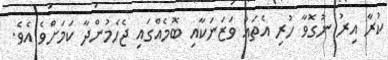
ކުރާ އިރު ނުގޮވާ ހުރި އެތައް ވަޒަނަކާއި ބޮމެއްގައި ޖެހެމުންދާ ކަމަށްވެ އެވެ.